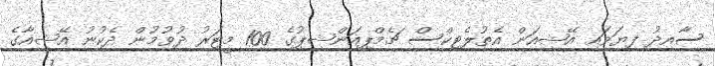
ސާއިދު ފިޔަވައި އޭޝިއަން އެތުލެޓިކްސް ޗެމްޕިއަންޝިޕުގެ 100 މީޓަރު ދުވުމުން ދެކުނު އޭޝިއާގެ